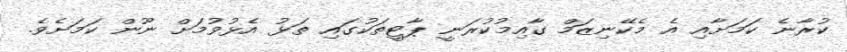
ކުރާނެ ކަމަށާއި އެ މެކޭނިޒަމް ގާއިމުކުރަނީ ޕާޓީތަކުގައި ތަޅު އެޅުވުމަށް ނޫން ކަމަށެވެ.